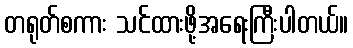
တရုတ်စကား သင်ထားဖို့အရေးကြီးပါတယ်။